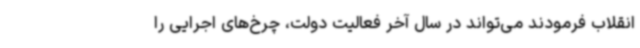
انقلاب فرمودند می‌تواند در سال آخر فعالیت دولت، چرخ‌های اجرایی را